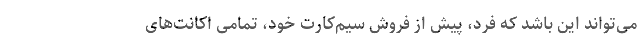
می‌تواند این باشد که فرد، پیش از فروش سیم‌کارت خود، تمامی اکانت‌های